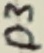
Text: D3